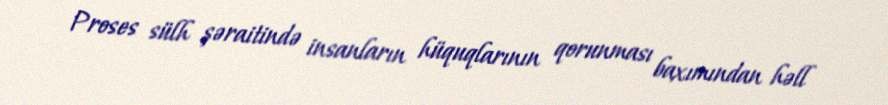
Proses sülh şəraitində insanların hüquqlarının qorunması baxımından həll